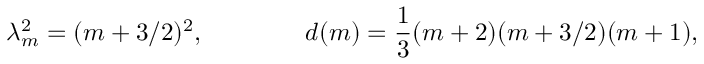
\lambda _ { m } ^ { 2 } = ( m + 3 / 2 ) ^ { 2 } , \qquad \qquad d ( m ) = \frac { 1 } { 3 } ( m + 2 ) ( m + 3 / 2 ) ( m + 1 ) ,